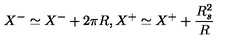
X ^ { - } \simeq X ^ { - } + 2 \pi R , X ^ { + } \simeq X ^ { + } + { \frac { R _ { s } ^ { 2 } } { R } }